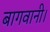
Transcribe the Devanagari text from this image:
बागवानी।